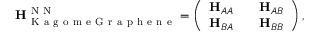
{ \bf H } _ { \mathrm { ~ K ~ a ~ g ~ o ~ m ~ e ~ G ~ r ~ a ~ p ~ h ~ e ~ n ~ e ~ } } ^ { \mathrm { ~ N ~ N ~ } } = \left( \begin{array} { l l l } { { \bf H } _ { A A } } & { } & { { \bf H } _ { A B } } \\ { { \bf H } _ { B A } } & { } & { { \bf H } _ { B B } } \end{array} \right) ,